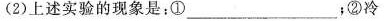
(2)上述实验的现象是：①____；②冷